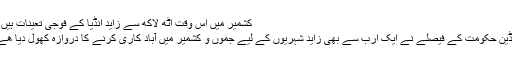
کشمیر میں اس وقت اٹھ لاکھ سے زاید انڈیا کے فوجی تعینات ہیں .
انڈین حکومت کے فیصلے نے ایک ارب سے بھی زاید شہریوں کے لیے جموں و کشمیر میں آباد کاری کرنے کا دروازہ کھول دیا ھے۔